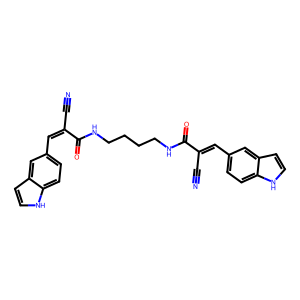
SMILES: N#CC(=Cc1ccc2[nH]ccc2c1)C(=O)NCCCCNC(=O)C(C#N)=Cc1ccc2[nH]ccc2c1
Inhibits HIV replication: No